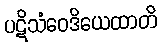
ပဋိသံဝေဒိယေထာတိ